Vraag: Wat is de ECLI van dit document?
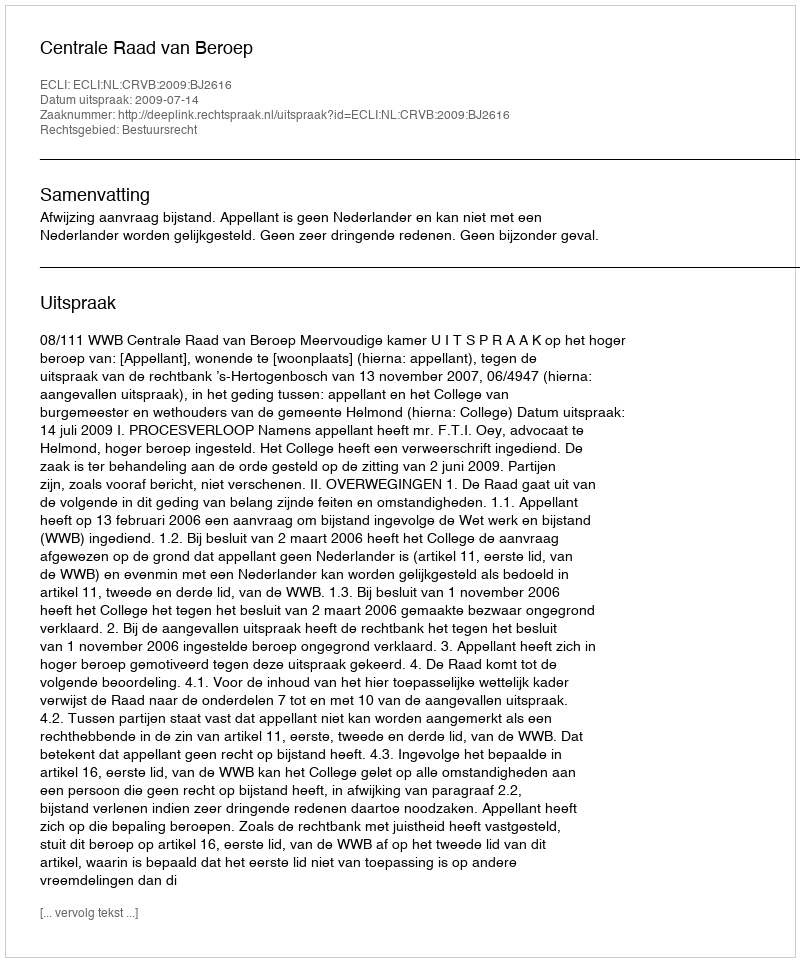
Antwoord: ECLI:NL:CRVB:2009:BJ2616